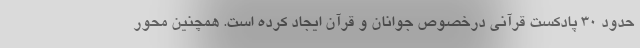
حدود ۳۰ پادکست قرآنی درخصوص جوانان و قرآن ایجاد کرده است. همچنین محور